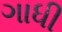
ગાધી